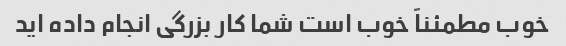
خوب مطمئناً خوب است شما کار بزرگی انجام داده اید